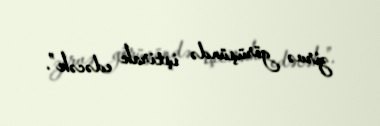
zirvə görüşündə iştirak edəcək”.